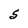
Character: S